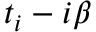
t _ { i } - i \beta